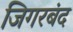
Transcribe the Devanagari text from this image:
जिगरबंद